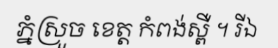
ភ្នំស្រួច ខេត្ត កំពង់ស្ពឺ ។ រីឯ